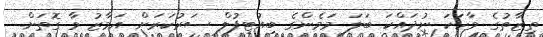
ތިޒާތުގެ ވާހަކަ ނުދައްކަ ބަލަ މަމެންގެ ބިއުޓިފުލް ސަރުކަރަށް އަމާޒު ވާ ގޮތަށް.